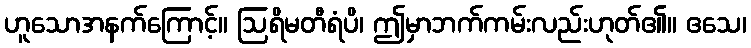
ဟူသောအနက်ကြောင့်။ ဩရိမတီရံပိ၊ ဤမှာဘက်ကမ်းလည်းဟုတ်၏။ ဧသေ၊